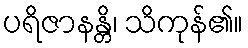
ပရိဇာနန္တိ၊ သိကုန်၏။